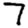
Digit: 7